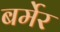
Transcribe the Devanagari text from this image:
बर्मेर